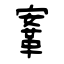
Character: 鞌